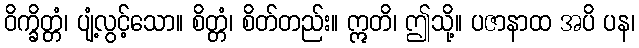
ဝိက္ခိတ္တံ၊ ပျံ့လွင့်သော။ စိတ္တံ၊ စိတ်တည်း။ ဣတိ၊ ဤသို့။ ပဇာနာထ အပိ ပန၊